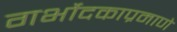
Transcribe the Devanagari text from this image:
गर्भोदकाप्रमाणे